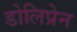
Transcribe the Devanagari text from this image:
डोलिप्रेन